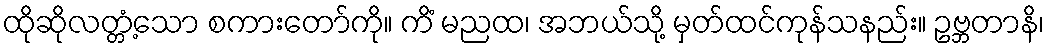
ထိုဆိုလတ္တံ့သော စကားတော်ကို။ ကိံ မညထ၊ အဘယ်သို့ မှတ်ထင်ကုန်သနည်း။ ဥဗ္ဘတာနိ၊